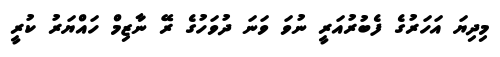
މިދިޔަ އަހަރުގެ ފެބުރުއަރީ ނުވަ ވަނަ ދުވަހުގެ ރޭ ނާޒިމް ހައްޔަރު ކުރީ